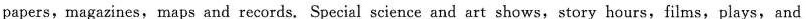
papers,magazines, maps and records. Special science and art shows,story hours,films,plays,and